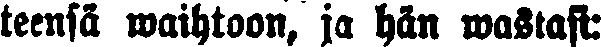
teensä waihtoon, ja hän wastasi: